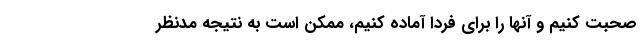
صحبت کنیم و آنها را برای فردا آماده کنیم، ممکن است به نتیجه مدنظر